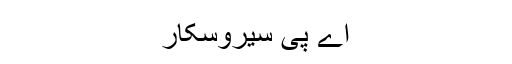
اے پی سیروسکار